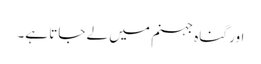
اور گناہ جہنم میں لے جاتا ہے۔